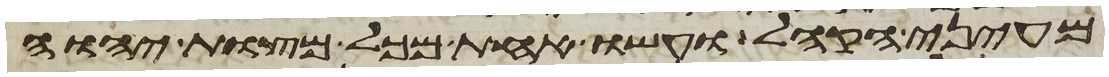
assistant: מעיני הקהל ועשו אחת מכל מצות יהוה